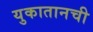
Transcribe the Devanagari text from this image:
युकातानची